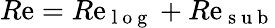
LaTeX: R\mathrm{e}=R\mathrm{e}_{\mathrm{{~l~o~g~}}}+R\mathrm{e}_{\mathrm{{~s~u~b~}}}